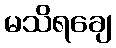
မသိရချေ